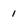
Character: I